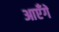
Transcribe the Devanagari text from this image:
आएँगें